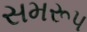
સમરૂપ